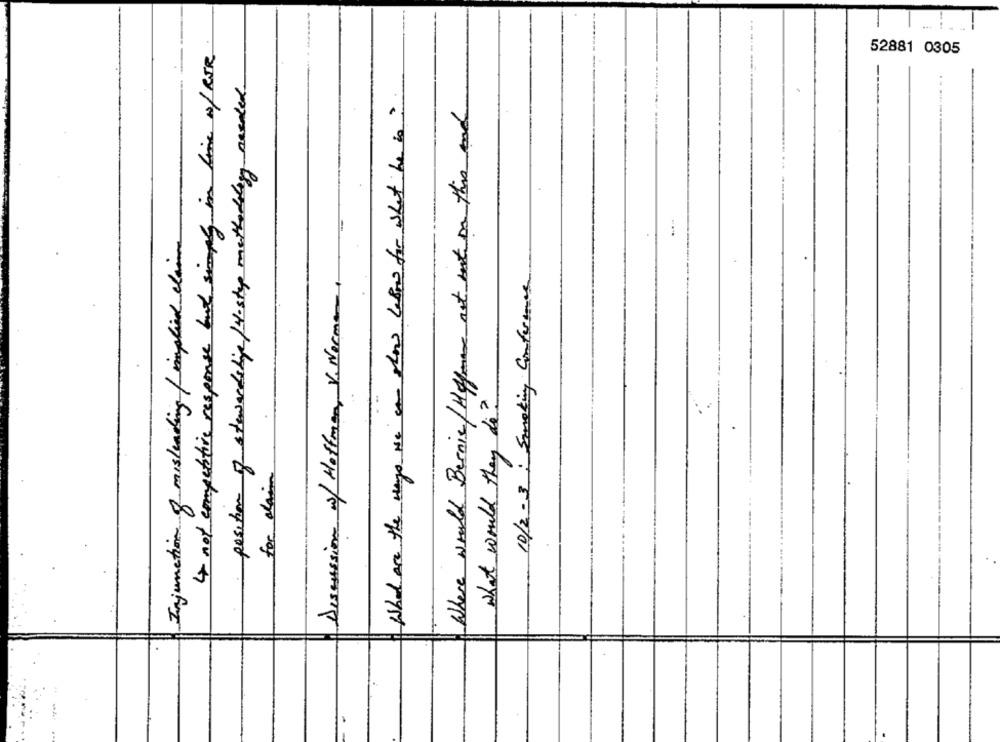
4 not competitive response but simply in time ofRER
52881 0305
position of stewardshipe/H-stop methodology needed.
What are the ways we are show lefors for what he is?
Where would Bernie/ Hforan ast not on this and
Injunction of misleading /implied claim
Discussion of Hoffman, V. Norman,
10/2-3 : Smoking Conformes
what would they di?
for alain